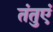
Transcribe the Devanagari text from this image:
तंतुएं